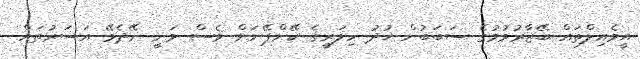
އީމެއިލްތައް ބޭޒާރުވުމުގެ ސަބަބުން ޚުދު ހިލަރީގެ ކޭންޕޭނަށް ވެސް ވަނީ ނޭދެވޭ އަސަރުތައް